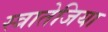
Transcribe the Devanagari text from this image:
स्त्रातेजिया